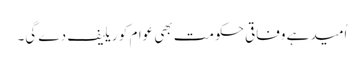
اُمید ہے وفاقی حکومت بھی عوام کو ریلیف دے گی۔